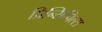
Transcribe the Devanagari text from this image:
प्रिन्सिपिल्स